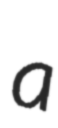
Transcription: a